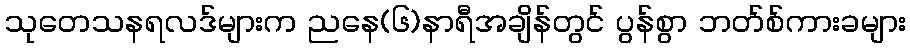
သုတေသနရလဒ်များက ညနေ(၆)နာရီအချိန်တွင် ပွန်စွာ ဘတ်စ်ကားခများ